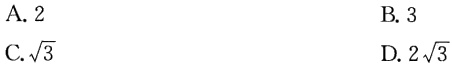
A. \(2\)

B. \(3\)

C. \(\sqrt{3}\)

D. \(2\sqrt{3}\)